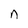
Character: n